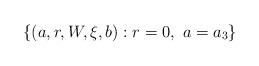
\begin{align*} \{(a,r,W,\xi,b): r=0, \ a=a_3\}\end{align*}